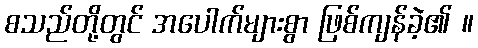
စသည်တို့တွင် အပေါက်များစွာ ဖြစ်ကျန်ခဲ့၏ ။